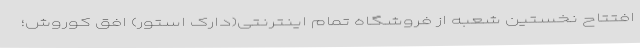
افتتاح نخستین شعبه از فروشگاه تمام اینترنتی(دارک استور) افق کوروش؛